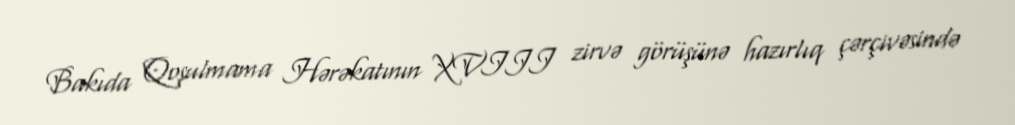
Bakıda Qoşulmama Hərəkatının XVIII zirvə görüşünə hazırlıq çərçivəsində